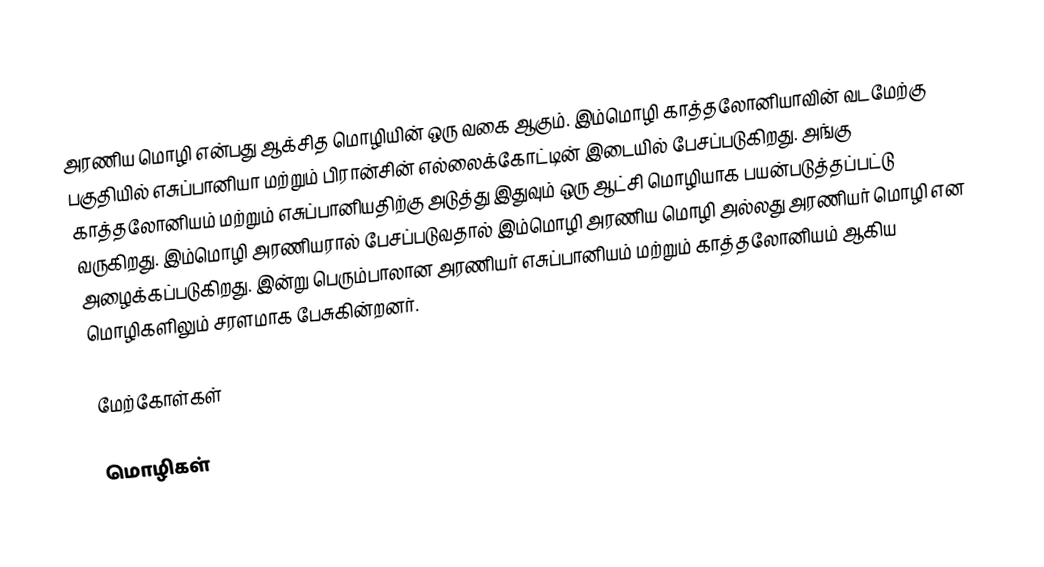
அரணிய மொழி என்பது ஆக்சித மொழியின் ஒரு வகை ஆகும். இம்மொழி காத்தலோனியாவின் வடமேற்கு பகுதியில் எசுப்பானியா மற்றும் பிரான்சின் எல்லைக்கோட்டின் இடையில் பேசப்படுகிறது. அங்கு காத்தலோனியம் மற்றும் எசுப்பானியதிற்கு அடுத்து இதுவும் ஒரு ஆட்சி மொழியாக பயன்படுத்தப்பட்டு வருகிறது. இம்மொழி அரணியரால் பேசப்படுவதால் இம்மொழி அரணிய மொழி அல்லது அரணியர் மொழி என அழைக்கப்படுகிறது. இன்று பெரும்பாலான அரணியர் எசுப்பானியம் மற்றும் காத்தலோனியம் ஆகிய மொழிகளிலும் சரளமாக பேசுகின்றனர்.

மேற்கோள்கள்

மொழிகள்